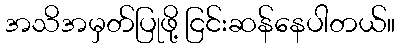
အသိအမှတ်ပြုဖို့ ငြင်းဆန်နေပါတယ်။